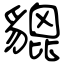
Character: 貔